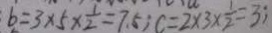
b = 3 \times 5 \times \frac { 1 } { 2 } = 7 . 5 ; c = 2 \times 3 \times \frac { 1 } { 2 } = 3 ;